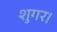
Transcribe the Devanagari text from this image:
शुगर।